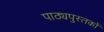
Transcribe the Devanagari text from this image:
पाठ्यपुस्‍तकों